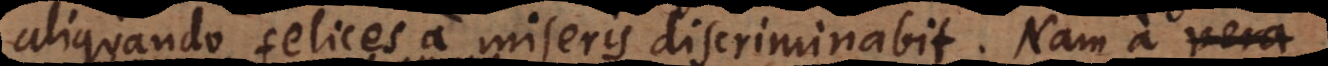
aliquando felices a miseris discriminabit. Nam a